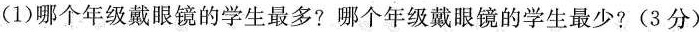
(1)哪个年级戴眼镜的学生最多?哪个年级戴眼镜的学生最少?(3分)